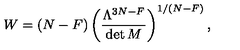
W = ( N - F ) \left( { \frac { \Lambda ^ { 3 N - F } } { \det M } } \right) ^ { 1 / ( N - F ) } ,